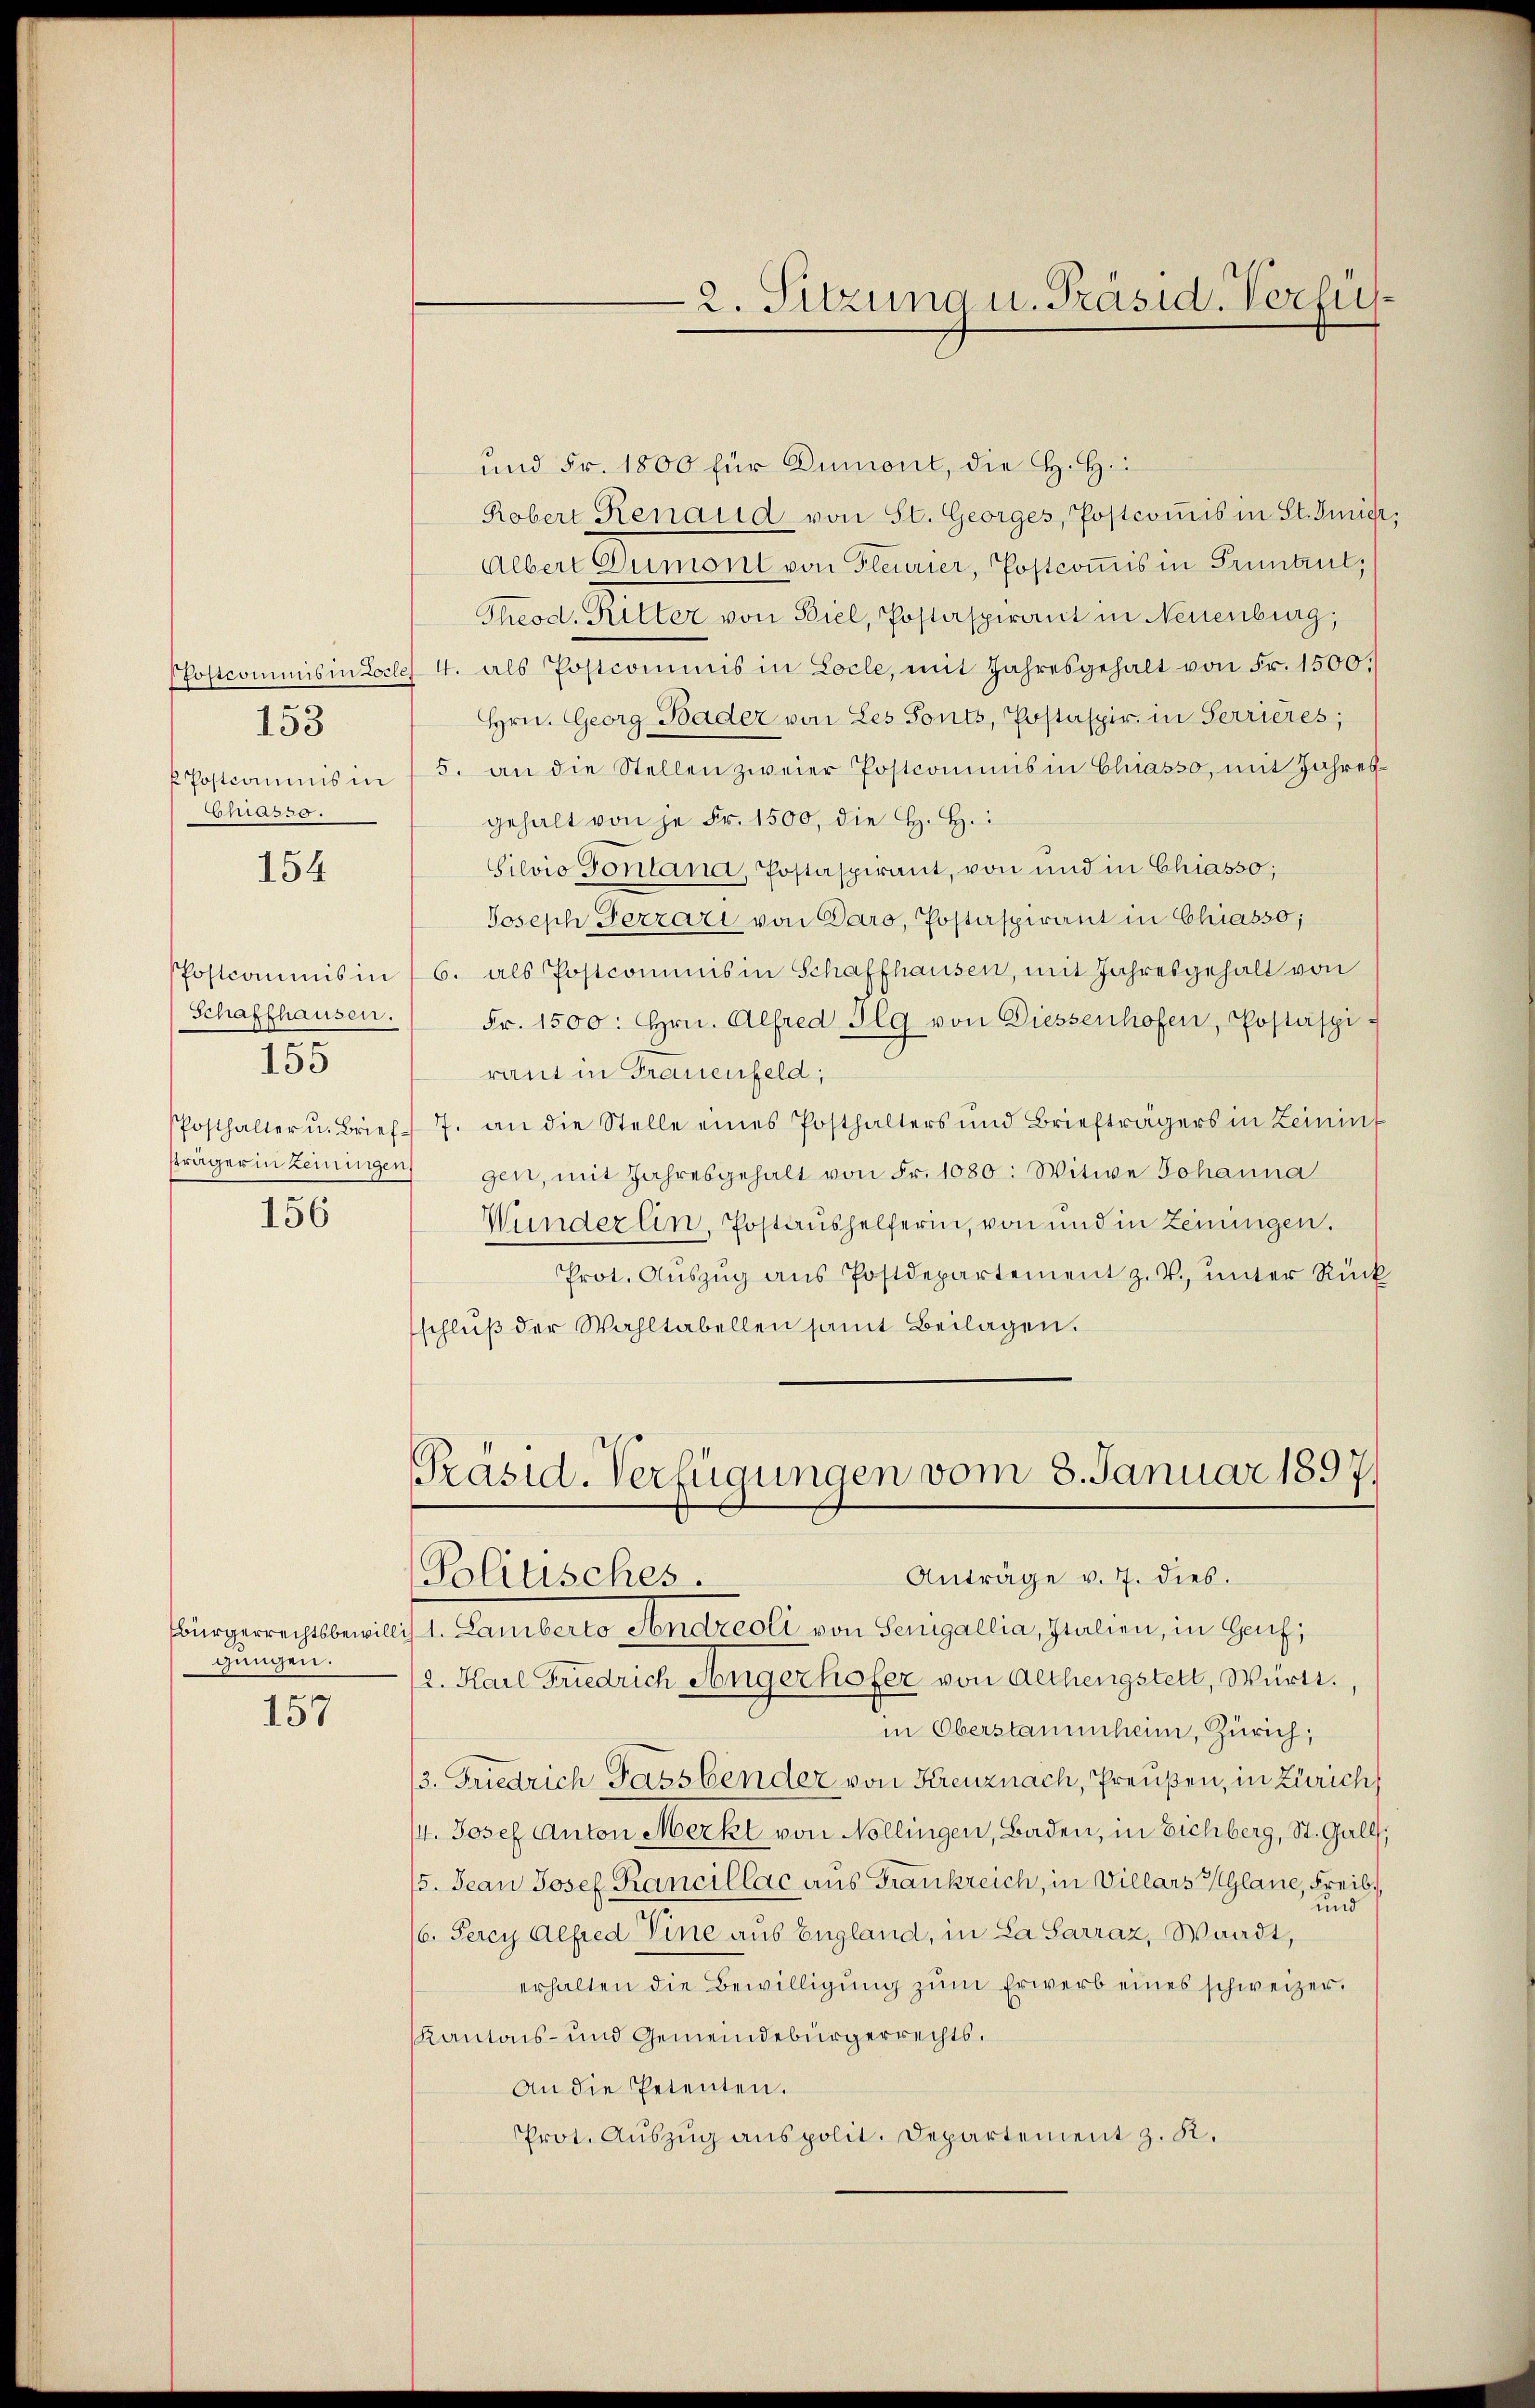
Chias 30.

153

154

155

156

Bürgerrechtsbewill
gungen.

157

und Fr. 1800 für Dumont, die H. H.
Kobert Renaud von St. Georges, Postcomis in St. Giier,
Albert Dumont von Fleurier, Postcommis in Pruntrul,
Theod. Ritter von Biel, Postaspirant in Neuenburg,
Postcommis in Locles 4. als Postcommis in Locle, mit Jahresgehalt von Fr. 1500.
Hrn. Georg Bader von Les Fonts, Postaspir. in Perrieres,
 Postcommis in 15. an die Stellen zweier Postcomins in Chiasso, mit Jahres
gehalt von je Fr. 1500, die H. H.
Silvio Fontana, Postaspirant, von und in Chiasso;
Joseph Ferzari von Daro, Postaspirant in Chiasso;
Postcommis in 6. als Postcommis in Schaffhausen, mit Jahresgehalt von
Schaffhausen.  Fr. 1500: hrn. Alfred Ilg von Diessenhofen, Postäspiraut in Frauenfeld,
Posthalter u. Brief - 7. an die Stelle eines Posthalters und Briefträgers in Zeininf
sträger in Zeiningen, gen, mit Jahresgehalt von Fr. 1080: Witwe Johanna
Wunderlin, Postaushelferin, von und in Zeiningen.
Prot. Aŭszŭg aŭs Postdepartement z. V. ŭnter Rück
schlŭβ der Wahltabellen samt Beilagen.

2. Sitzung u. Präsid. Verfü¬

Präsid. Verfügungen vom 3. Januar 1897.
Anträge v. 7. dies.
Politisches.
r. Kannterte Abnercoli von Parisaria, ziehen, in Gach¬

2. Karl Friedrich Angerhofer von Althengstett, Württ.
in Oberstammheim, Zürich,
/3. Friedrich Fassbender von Kreuznach, Preußen, in Zürich
/4. Josef Anton Merkl von Nollingen, Baden, in Eichberg, St. Gall,
5. Jean Josef Kancillac aus Frankreich, in Villars Glane, Freib
und
16. Fercy Alfred Eine aus England, in La Sarraz, Waadt,
erhalten die Bewilligŭng zŭm Erwerb eines schweizer.
Kantons- und Gemeindebürgerrechts.
An die Petenten.
Prot. Auszug aus polit. Departement z. K.